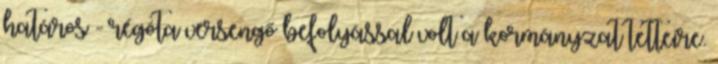
határos - régóta versengő befolyással volt a kormányzat tetteire.